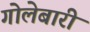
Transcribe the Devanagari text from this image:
गोलेबारी